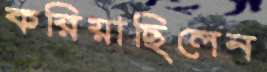
করিয়াছিলেন